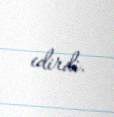
edirdi.